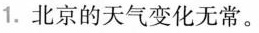
1.北京的天气变化无常。